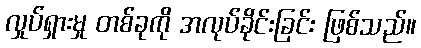
လှုပ်ရှားမှု တစ်ခုကို အလုပ်ခိုင်းခြင်း ဖြစ်သည်။